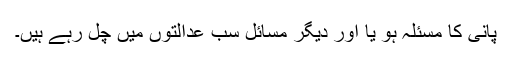
پانی کا مسئلہ ہو یا اور دیگر مسائل سب عدالتوں میں چل رہے ہیں۔